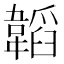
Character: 韜